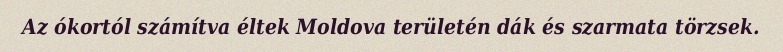
Az ókortól számítva éltek Moldova területén dák és szarmata törzsek.